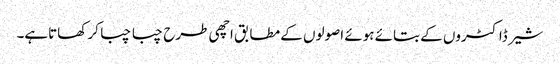
شیر ڈاکٹروں کے بتائے ہوئے اصولوں کے مطابق اچھی طرح چبا چبا کر کھاتاہے۔